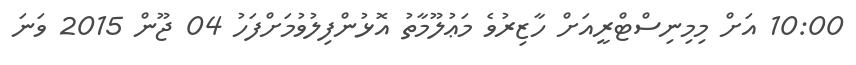
10:00 އަށް މިމިނިސްޓްރީއަށް ހާޒިރުވެ މަޢުލޫމާތު އޮޅުންފިލުވުމަށްފަހު 04 ޖޫން 2015 ވަނަ